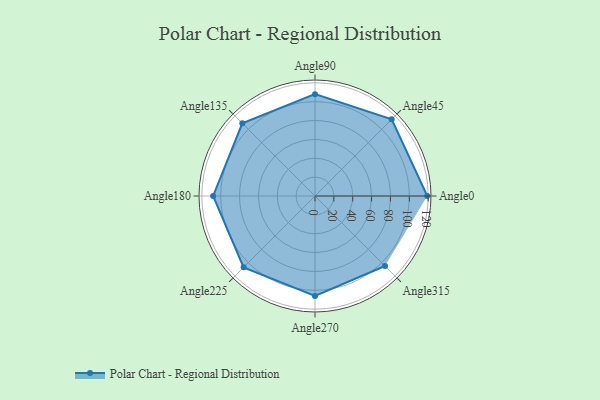
{"axis": {"x": "Angle", "y": "Radius"}, "legend": [""], "data": [{"x": "Angle0", "y": 119.0, "type": ""}, {"x": "Angle45", "y": 115.0, "type": ""}, {"x": "Angle90", "y": 108.0, "type": ""}, {"x": "Angle135", "y": 109.0, "type": ""}, {"x": "Angle180", "y": 108.0, "type": ""}, {"x": "Angle225", "y": 107.0, "type": ""}, {"x": "Angle270", "y": 106.0, "type": ""}, {"x": "Angle315", "y": 105.0, "type": ""}]}